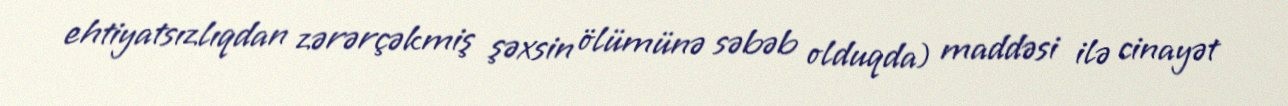
ehtiyatsızlıqdan zərərçəkmiş şəxsin ölümünə səbəb olduqda) maddəsi ilə cinayət